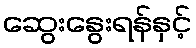
ဆွေးနွေးရန်နှင့်